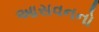
આસવનનો